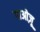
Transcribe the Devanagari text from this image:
गाओज़ू